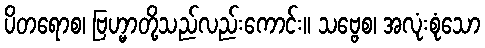
ပိတရောစ၊ ဗြဟ္မာတို့သည်လည်းကောင်း။ သဗ္ဗေစ၊ အလုံးစုံသော